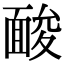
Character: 𩈥